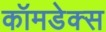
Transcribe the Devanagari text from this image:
कॉमडेक्स